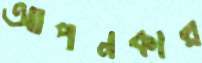
আপনকার